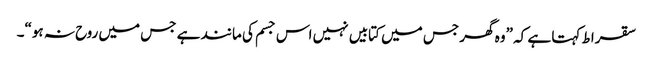
سقراط کہتا ہے کہ ”وہ گھر جس میں کتابیں نہیں اس جسم کی مانند ہے جس میں روح نہ ہو“۔